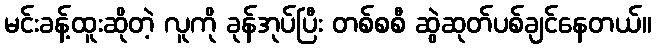
မင်းခန့်ထူးဆိုတဲ့ လူကို ခုန်အုပ်ပြီး တစ်စစီ ဆွဲဆုတ်ပစ်ချင်နေတယ်။